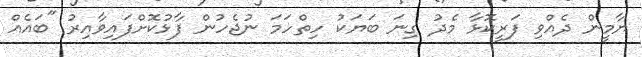
ޔާމީން ދެއްވި ފަރީކޮޅާ މެދު ގިނަ ބަޔަކު ހިތްހަމަ ނުޖެހުން ފާޅުކޮށްފައިވާއިރު "ބައެއް